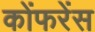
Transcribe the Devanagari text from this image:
कोंफरेंस